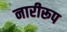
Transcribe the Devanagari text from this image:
नारीरूप